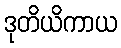
ဒုတိယိကာယ